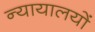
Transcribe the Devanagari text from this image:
न्यायालयोंं